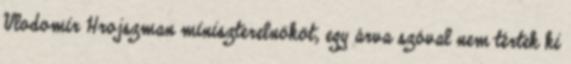
Vlodomir Hrojszman miniszterelnököt, egy árva szóval nem tértek ki